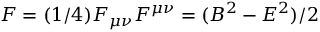
{ \cal F } = ( 1 / 4 ) F _ { \mu \nu } F ^ { \mu \nu } = ( B ^ { 2 } - E ^ { 2 } ) / 2